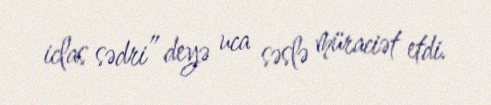
iclas sədri” deyə uca səslə müraciət etdi.